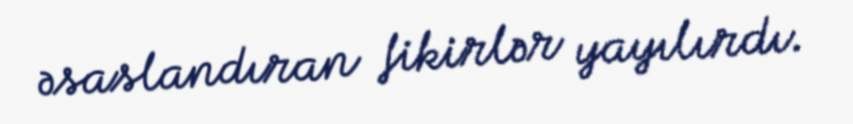
əsaslandıran fikirlər yayılırdı.